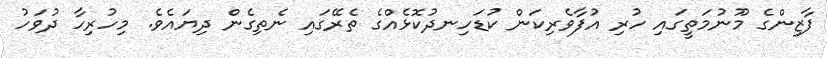
ފާޒިންގެ މޫނުމަތީގައި ހުރި އުފާވެރިކަން ކުޑަހިނދުކޮޅެއްގެ ތެރޭގައި ނެތިގެން ދިޔައެވެ. މިހުރިހާ ދުވަހު